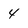
Character: 4